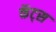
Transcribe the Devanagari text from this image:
कॅट्स